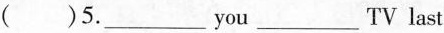
( )5._________you_________TV last